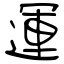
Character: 運